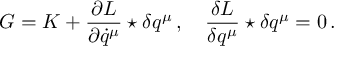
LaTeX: G = K + \frac { \partial L } { \partial \dot { q } ^ { \mu } } \star \delta q ^ { \mu } \, , \quad \frac { \delta L } { \delta q ^ { \mu } } \star \delta q ^ { \mu } = 0 \, .